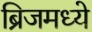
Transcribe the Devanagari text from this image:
ब्रिजमध्ये